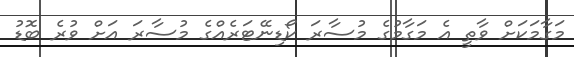
މަގާމަކަށް ވާތީ އެ މަގާމުގެ މުސާރަ ކޯޑިނޭޓަރެއްގެ މުސާރަ އަށް ވުރެ ބޮޑު